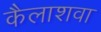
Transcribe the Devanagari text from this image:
कैलाशवा